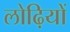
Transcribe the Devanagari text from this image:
लोढ़ियों